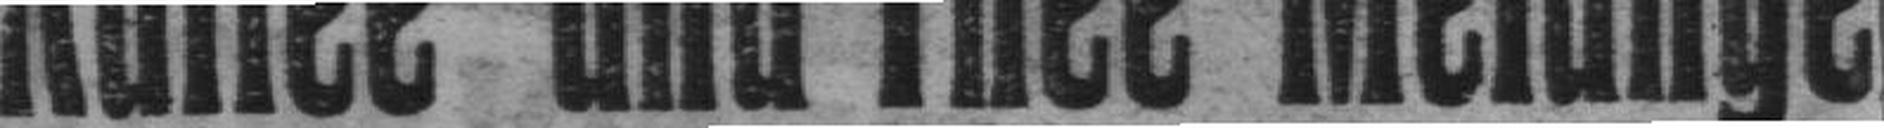
Kaffee- und Thee-Melange